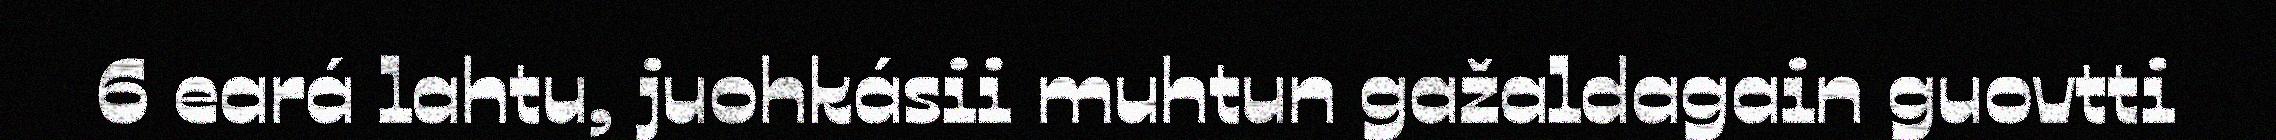
6 eará lahtu, juohkásii muhtun gažaldagain guovtti